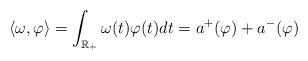
LaTeX: \begin{align*}\langle\omega,\varphi\rangle=\int_{\mathbb{R}_+}\omega(t)\varphi(t)dt=a^+(\varphi)+a^-(\varphi)\end{align*}